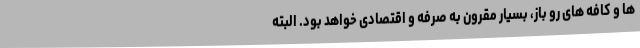
ها و کافه های رو باز، بسیار مقرون به صرفه و اقتصادی خواهد بود. البته